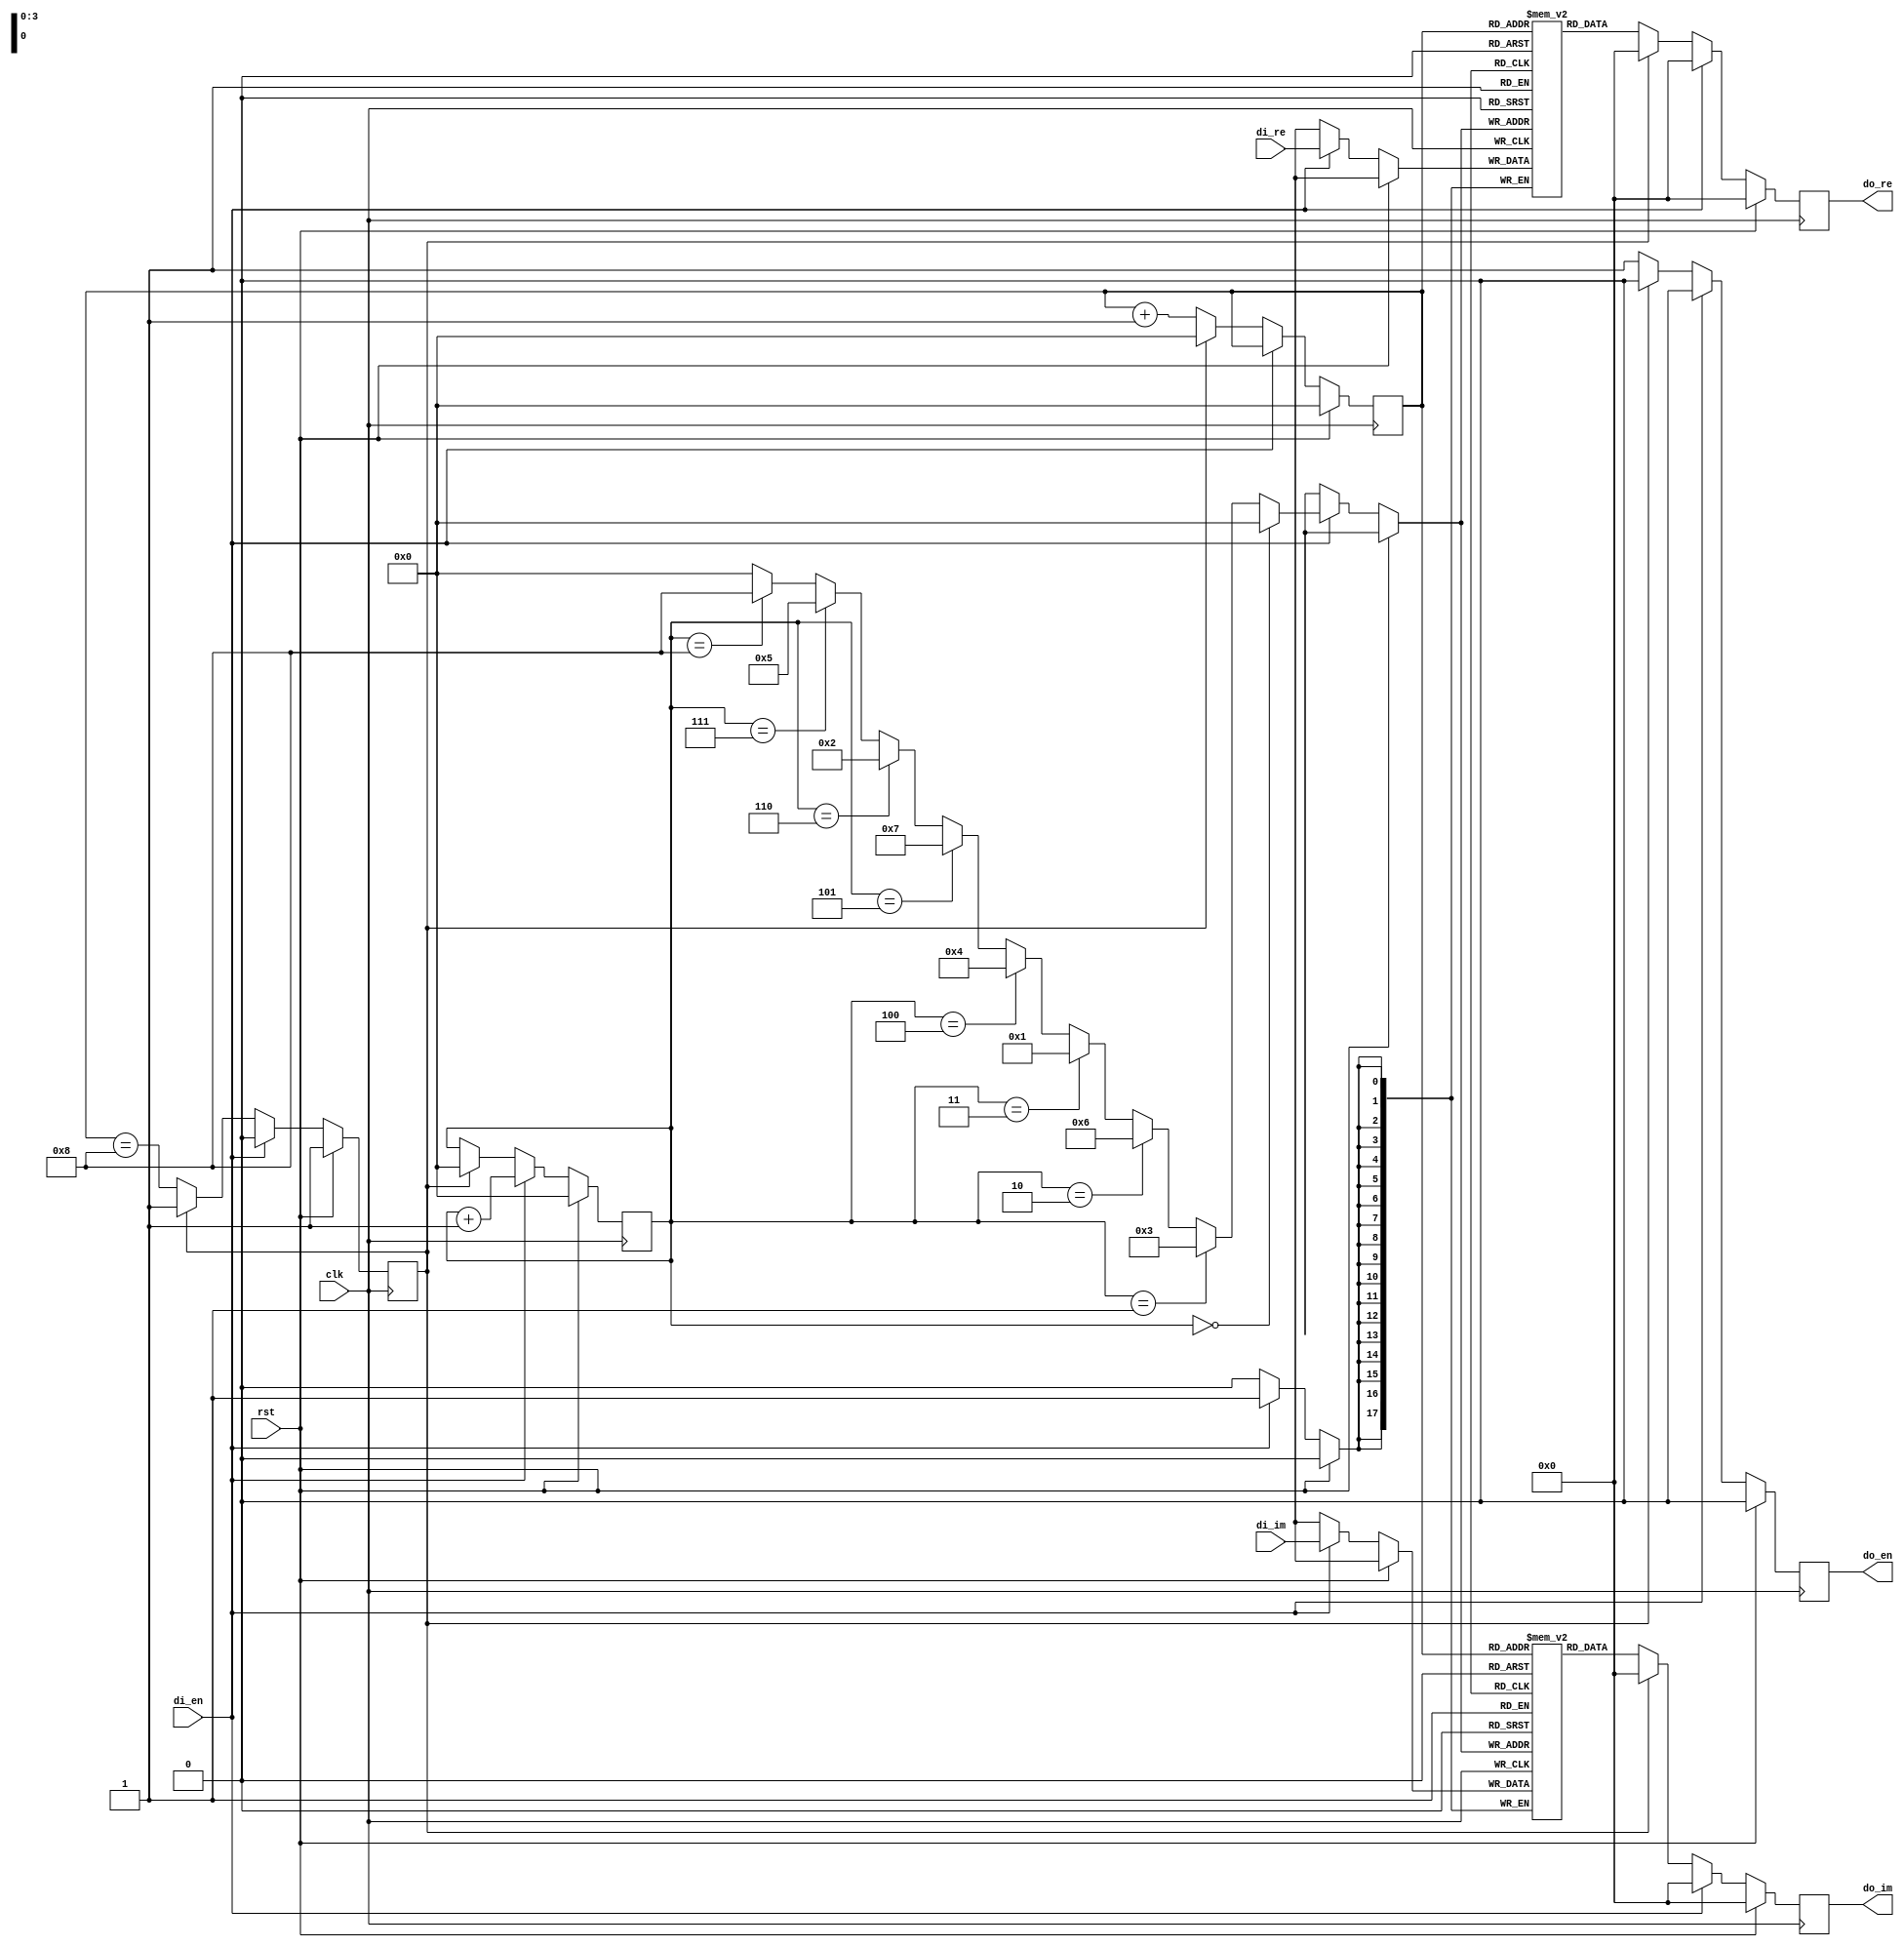
module reorder9 #(
    parameter WIDTH=18
)(
    input clk,rst,
    input signed [WIDTH-1:0] di_re,di_im,
    input di_en,
    output reg signed [WIDTH-1:0] do_re,do_im,
    output reg do_en
    
);
    reg [WIDTH-1:0] mem_re [0:8];
    reg [WIDTH-1:0] mem_im [0:8];
    reg done;
    wire[3:0] addr;
    reg [3:0] counter , di_count;


    assign addr = 
           (di_count == 4'd0) ? 4'd0 :

           (di_count == 4'd1) ? 4'd3 :

           (di_count == 4'd2) ? 4'd6 :

           (di_count == 4'd3) ? 4'd1 :

           (di_count == 4'd4) ? 4'd4 :

           (di_count == 4'd5) ? 4'd7 :

           (di_count == 4'd6) ? 4'd2 :

           (di_count == 4'd7) ? 4'd5 :

           (di_count == 4'd8) ? 4'd8 :
           4'd0;

    always @(posedge clk) begin
        if (rst) begin
            counter <= 0;
            di_count <=0;
            done <=1;
            do_en<=0;
            do_im<=0;
            do_re<=0;
        end
        else if (di_en) begin
            di_count <=di_count+1;
            mem_re[addr] <= di_re;
            mem_im[addr] <= di_im;
            do_re<=0;
            do_im<=0;
            done<=0;
            do_en <=0;
        end
        else if (!done) begin
            do_re <= mem_re[counter];
            do_im <= mem_im[counter];
            do_en <=1;
            counter <= counter+1;
            done<=counter==8;
        end else begin
            do_re <= 0;
            do_im <= 0;
            di_count <= 0;
            counter <= 0;
            done <= 1;
            do_en <=0;
        end
    end
endmodule